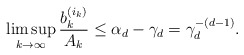
\begin{align*}\limsup_{k\to\infty} \frac{b_k^{(i_k)}}{A_k} \leq \alpha_d - \gamma_d = \gamma_d^{-(d - 1)}.\end{align*}